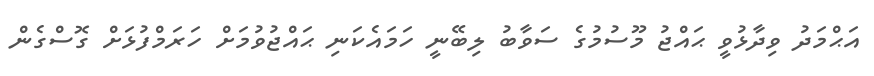
އަޙްމަދު ވިދާޅުވީ ޙައްޖު މޫސުމުގެ ސަވާބު ލިބޭނީ ހަމައެކަނި ޙައްޖުވުމަށް ހަރަމްފުޅަށް ގޮސްގެން